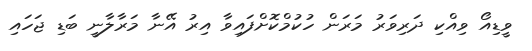
ވީޑިއޯ ވިއްކި ދަރިވަރު މަރަން ހުކުމްކޮށްފައިވާ އިރު އޭނާ މަރާލާނީ ބަޑި ޖަހައި